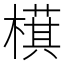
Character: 𬄤